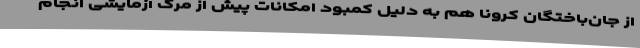
از جان‌باختگان کرونا هم به دلیل کمبود امکانات پیش از مرگ آزمایشی انجام